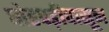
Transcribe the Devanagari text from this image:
घोरपड़ीपासून